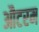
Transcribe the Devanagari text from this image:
औटरम